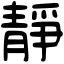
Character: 靜